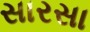
સારસા